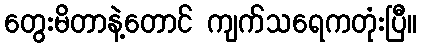
တွေးမိတာနဲ့တောင် ကျက်သရေကတုံးပြီ။